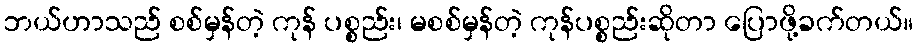
ဘယ်ဟာသည် စစ်မှန်တဲ့ ကုန် ပစ္စည်း၊ မစစ်မှန်တဲ့ ကုန်ပစ္စည်းဆိုတာ ပြောဖို့ခက်တယ်။